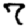
Digit: 7